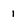
Character: 1